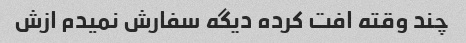
چند وقته افت کرده دیگه سفارش نمیدم ازش